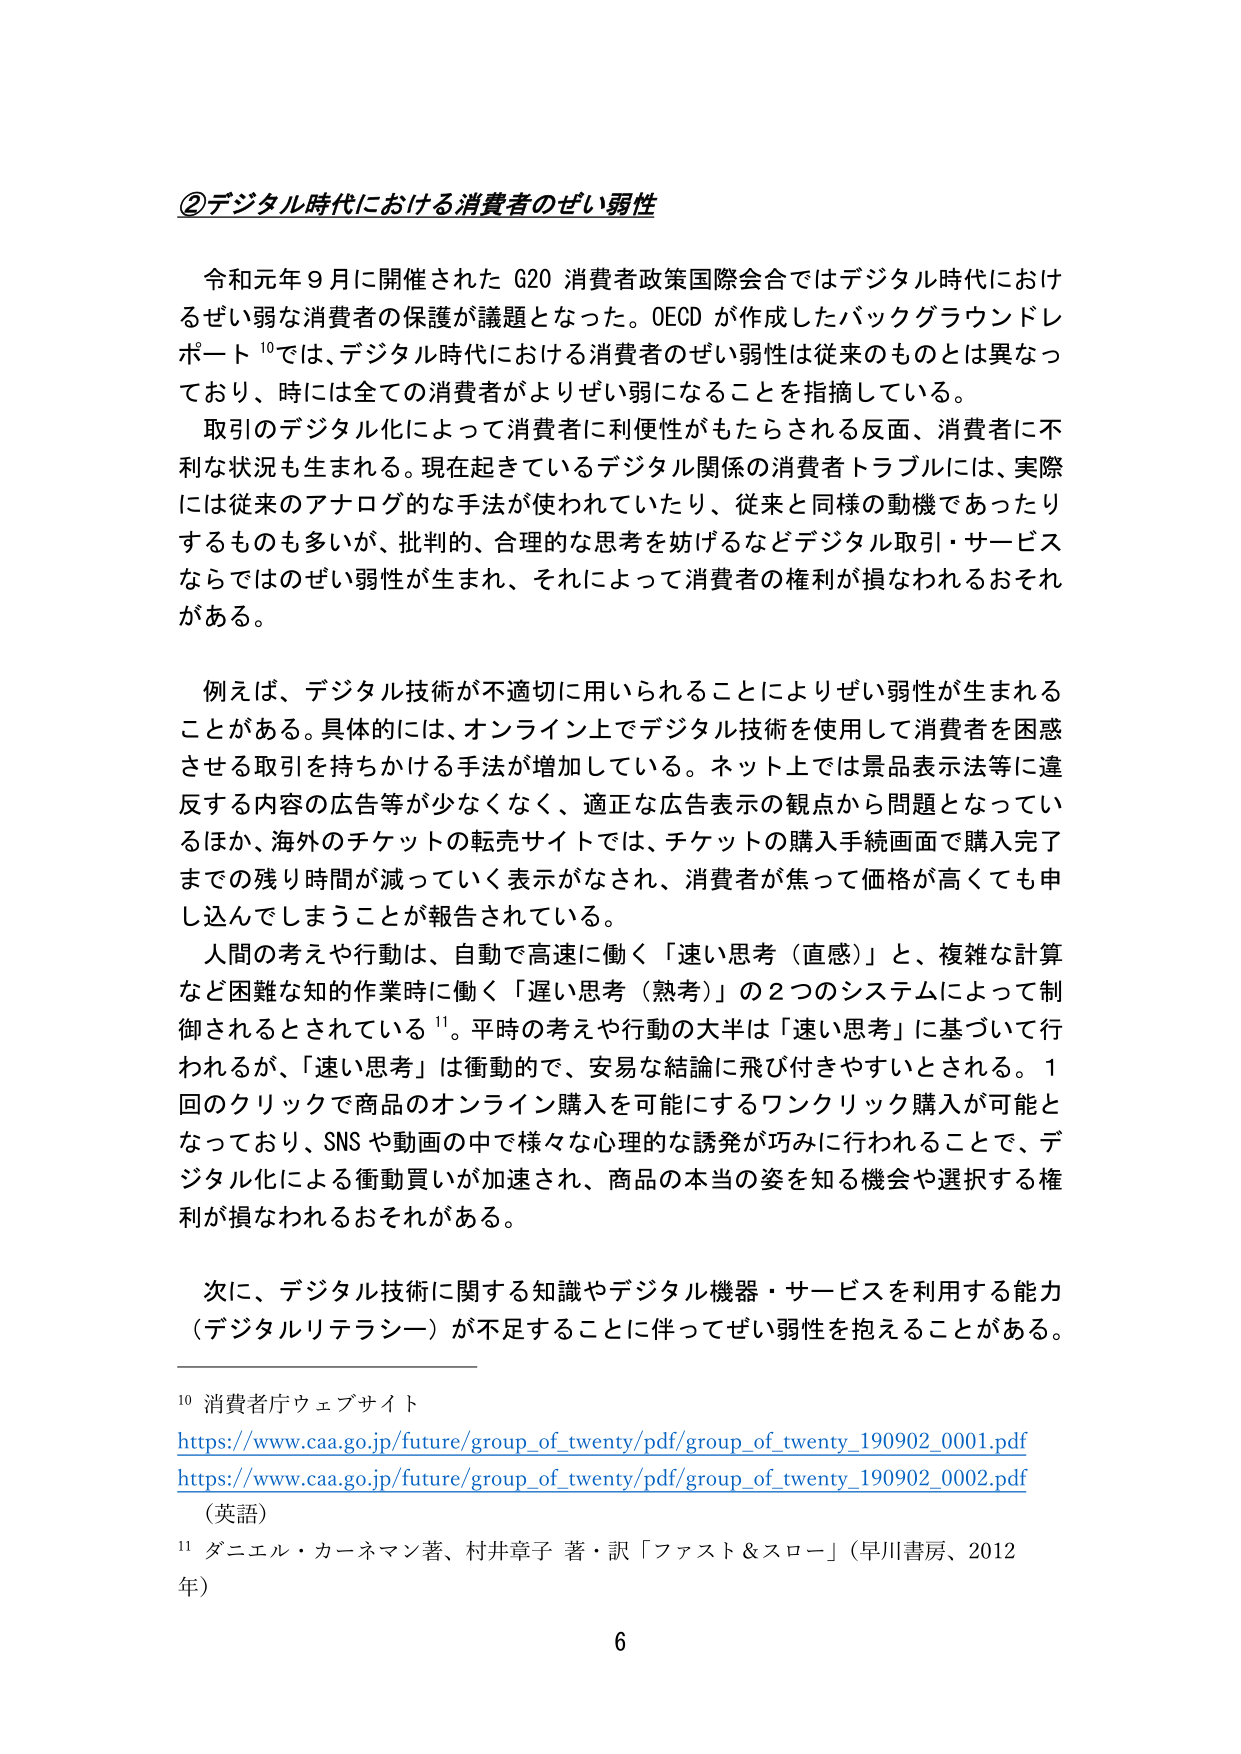
②デジタル時代における消費者のぜい弱性

令和元年９月に開催された G20 消費者政策国際会合ではデジタル時代におけるぜい弱な消費者の保護が議題となった。OECD が作成したバックグラウンドレポート 10では、デジタル時代における消費者のぜい弱性は従来のものとは異なっており、時には全ての消費者がよりぜい弱になることを指摘している。

取引のデジタル化によって消費者に利便性がもたらされる反面、消費者に不利な状況も生まれる。現在起きているデジタル関係の消費者トラブルには、実際には従来のアナログ的な手法が使われていたり、従来と同様の動機であったりするものも多いが、批判的、合理的な思考を妨げるなどデジタル取引・サービスならではのぜい弱性が生まれ、それによって消費者の権利が損なわれるおそれがある。

例えば、デジタル技術が不適切に用いられることによりぜい弱性が生まれることがある。具体的には、オンライン上でデジタル技術を使用して消費者を困惑させる取引を持ちかける手法が増加している。ネット上では景品表示法等に違反する内容の広告等が少なくなく、適正な広告表示の観点から問題となっているほか、海外のチケットの転売サイトでは、チケットの購入手続画面で購入完了までの残り時間が減っていく表示がなされ、消費者が焦って価格が高くても申し込んでしまうことが報告されている。

人間の考えや行動は、自動で高速に働く「速い思考（直感）」と、複雑な計算など困難な知的作業時に働く「遅い思考（熟考）」の２つのシステムによって制御されると言われている 11。平時の考えや行動の大半は「速い思考」に基づいて行われるが、「速い思考」は衝動的で、安易な結論に飛び付きやすいとされる。１回のクリックで商品のオンライン購入を可能にするワンクリック購入が可能となっており、SNS や動画の中で様々な心理的な誘発が巧みに行われることで、デジタル化による衝動買いが加速され、商品の本当の姿を知る機会や選択する権利が損なわれるおそれがある。

次に、デジタル技術に関する知識やデジタル機器・サービスを利用する能力（デジタルリテラシー）が不足することに伴ってぜい弱性を抱えることがある。

10 消費者庁ウェブサイト
https://www.caa.go.jp/future/group_of_twenty/pdf/group_of_twenty_190902_0001.pdf
https://www.caa.go.jp/future/group_of_twenty/pdf/group_of_twenty_190902_0002.pdf
（英語）
11 ダニエル・カーネマン著、村井章子 著・訳「ファスト＆スロー」（早川書房、2012年）

6